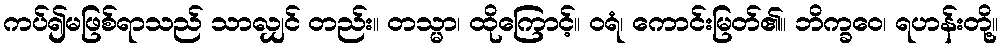
ကပ်၍မဖြစ်ရာသည် သာလျှင် တည်း။ တသ္မာ၊ ထိုကြောင့်။ ဝရံ၊ ကောင်းမြတ်၏။ ဘိက္ခဝေ၊ ရဟန်းတို့။